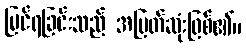
မြင်ရခြင်းသည် အမြတ်ဆုံးဖြစ်၏။